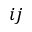
i j